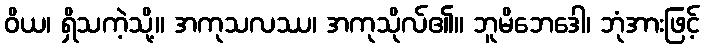
ဝိယ၊ ရှိသကဲ့သို့။ အကုသလဿ၊ အကုသိုလ်၏။ ဘူမိဘေဒေါ၊ ဘုံအားဖြင့်